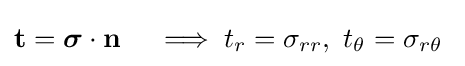
\mathbf {t} ={\boldsymbol {\sigma }}\cdot \mathbf {n} \quad \implies t_{r}=\sigma _{rr},~t_{\theta }=\sigma _{r\theta }~